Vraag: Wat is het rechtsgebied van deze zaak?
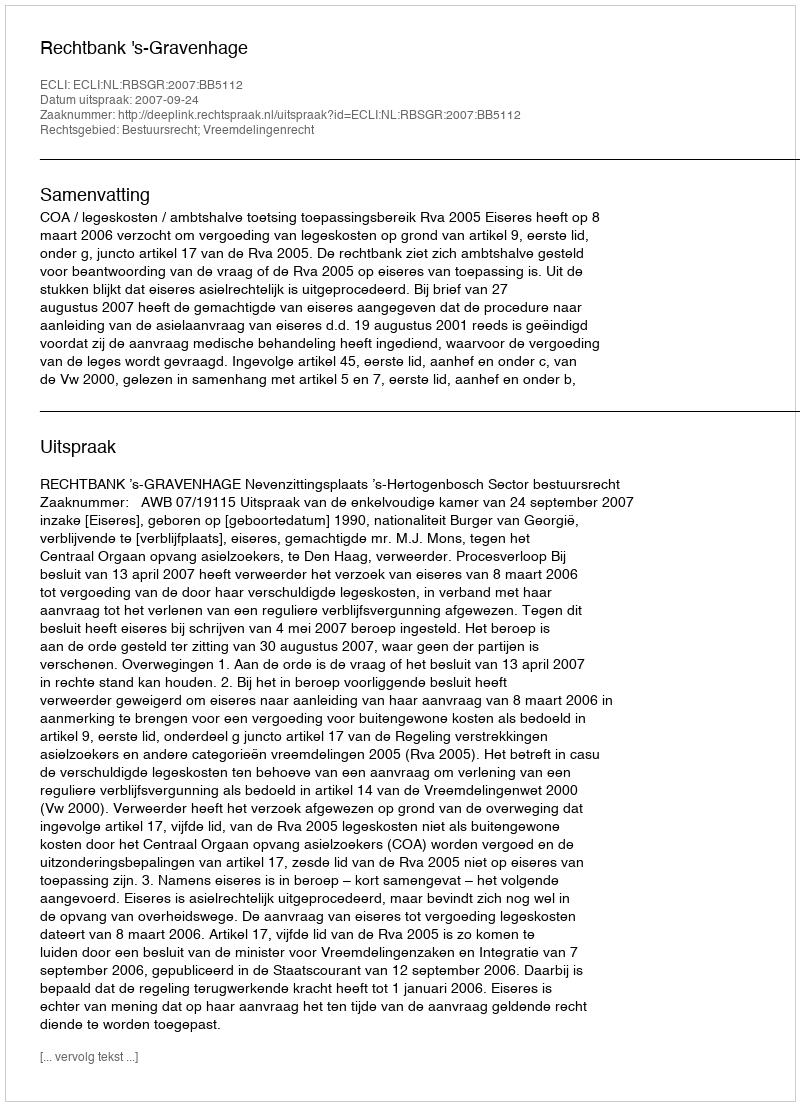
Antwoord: Bestuursrecht; Vreemdelingenrecht